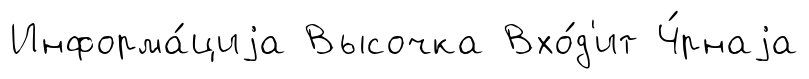
Информа́циjа Высочка Вхо́д'ит Ч́рнаjа